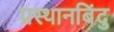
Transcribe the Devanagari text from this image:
प्रस्थानबिंदु